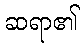
ဆရာ၏